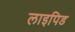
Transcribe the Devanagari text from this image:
लाइपिड